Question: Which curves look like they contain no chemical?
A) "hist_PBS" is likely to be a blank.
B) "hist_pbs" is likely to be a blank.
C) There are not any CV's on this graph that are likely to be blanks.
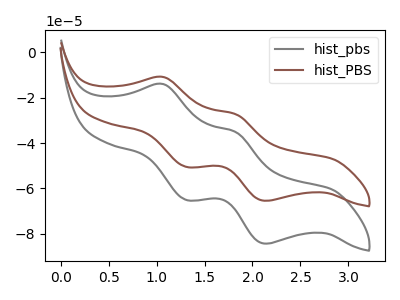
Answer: <think>The gray curve "hist_pbs" has anodic peaks at (1.05V, -13.95uA) (1.80V, -35.10uA) and cathodic peaks at (1.30V, -65.15uA) (2.15V, -84.40uA). The brown curve "hist_PBS" has anodic peaks at (1.05V, -10.85uA) (1.80V, -27.25uA) and cathodic peaks at (1.30V, -50.55uA) (2.15V, -65.50uA).</think>
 <answer>C) There are not any CV's on this graph that are likely to be blanks.</answer>
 <eval>C</eval>